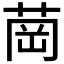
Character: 𦱌